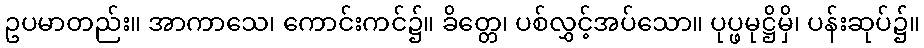
ဥပမာတည်း။ အာကာသေ၊ ကောင်းကင်၌။ ခိတ္တေ၊ ပစ်လွှင့်အပ်သော။ ပုပ္ဖမုဋ္ဌိမှိ၊ ပန်းဆုပ်၌။